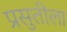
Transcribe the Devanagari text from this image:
प्रसुतीला